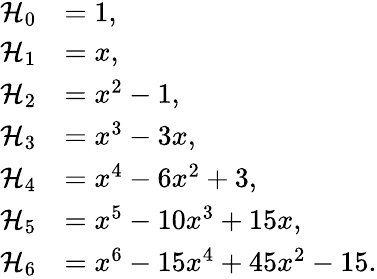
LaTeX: \begin{array}{rl}{\mathcal{H}_{0}}&{=1,}\\ {\mathcal{H}_{1}}&{=x,}\\ {\mathcal{H}_{2}}&{=x^{2}-1,}\\ {\mathcal{H}_{3}}&{=x^{3}-3x,}\\ {\mathcal{H}_{4}}&{=x^{4}-6x^{2}+3,}\\ {\mathcal{H}_{5}}&{=x^{5}-10x^{3}+15x,}\\ {\mathcal{H}_{6}}&{=x^{6}-15x^{4}+45x^{2}-15.}\end{array}